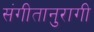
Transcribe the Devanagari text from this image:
संगीतानुरागी